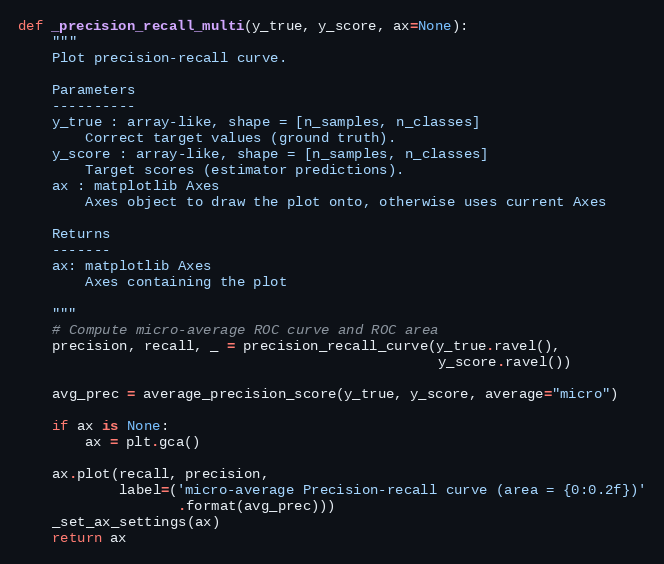
Language: Python
def _precision_recall_multi(y_true, y_score, ax=None):
    """
    Plot precision-recall curve.

    Parameters
    ----------
    y_true : array-like, shape = [n_samples, n_classes]
        Correct target values (ground truth).
    y_score : array-like, shape = [n_samples, n_classes]
        Target scores (estimator predictions).
    ax : matplotlib Axes
        Axes object to draw the plot onto, otherwise uses current Axes

    Returns
    -------
    ax: matplotlib Axes
        Axes containing the plot

    """
    # Compute micro-average ROC curve and ROC area
    precision, recall, _ = precision_recall_curve(y_true.ravel(),
                                                  y_score.ravel())

    avg_prec = average_precision_score(y_true, y_score, average="micro")

    if ax is None:
        ax = plt.gca()

    ax.plot(recall, precision,
            label=('micro-average Precision-recall curve (area = {0:0.2f})'
                   .format(avg_prec)))
    _set_ax_settings(ax)
    return ax